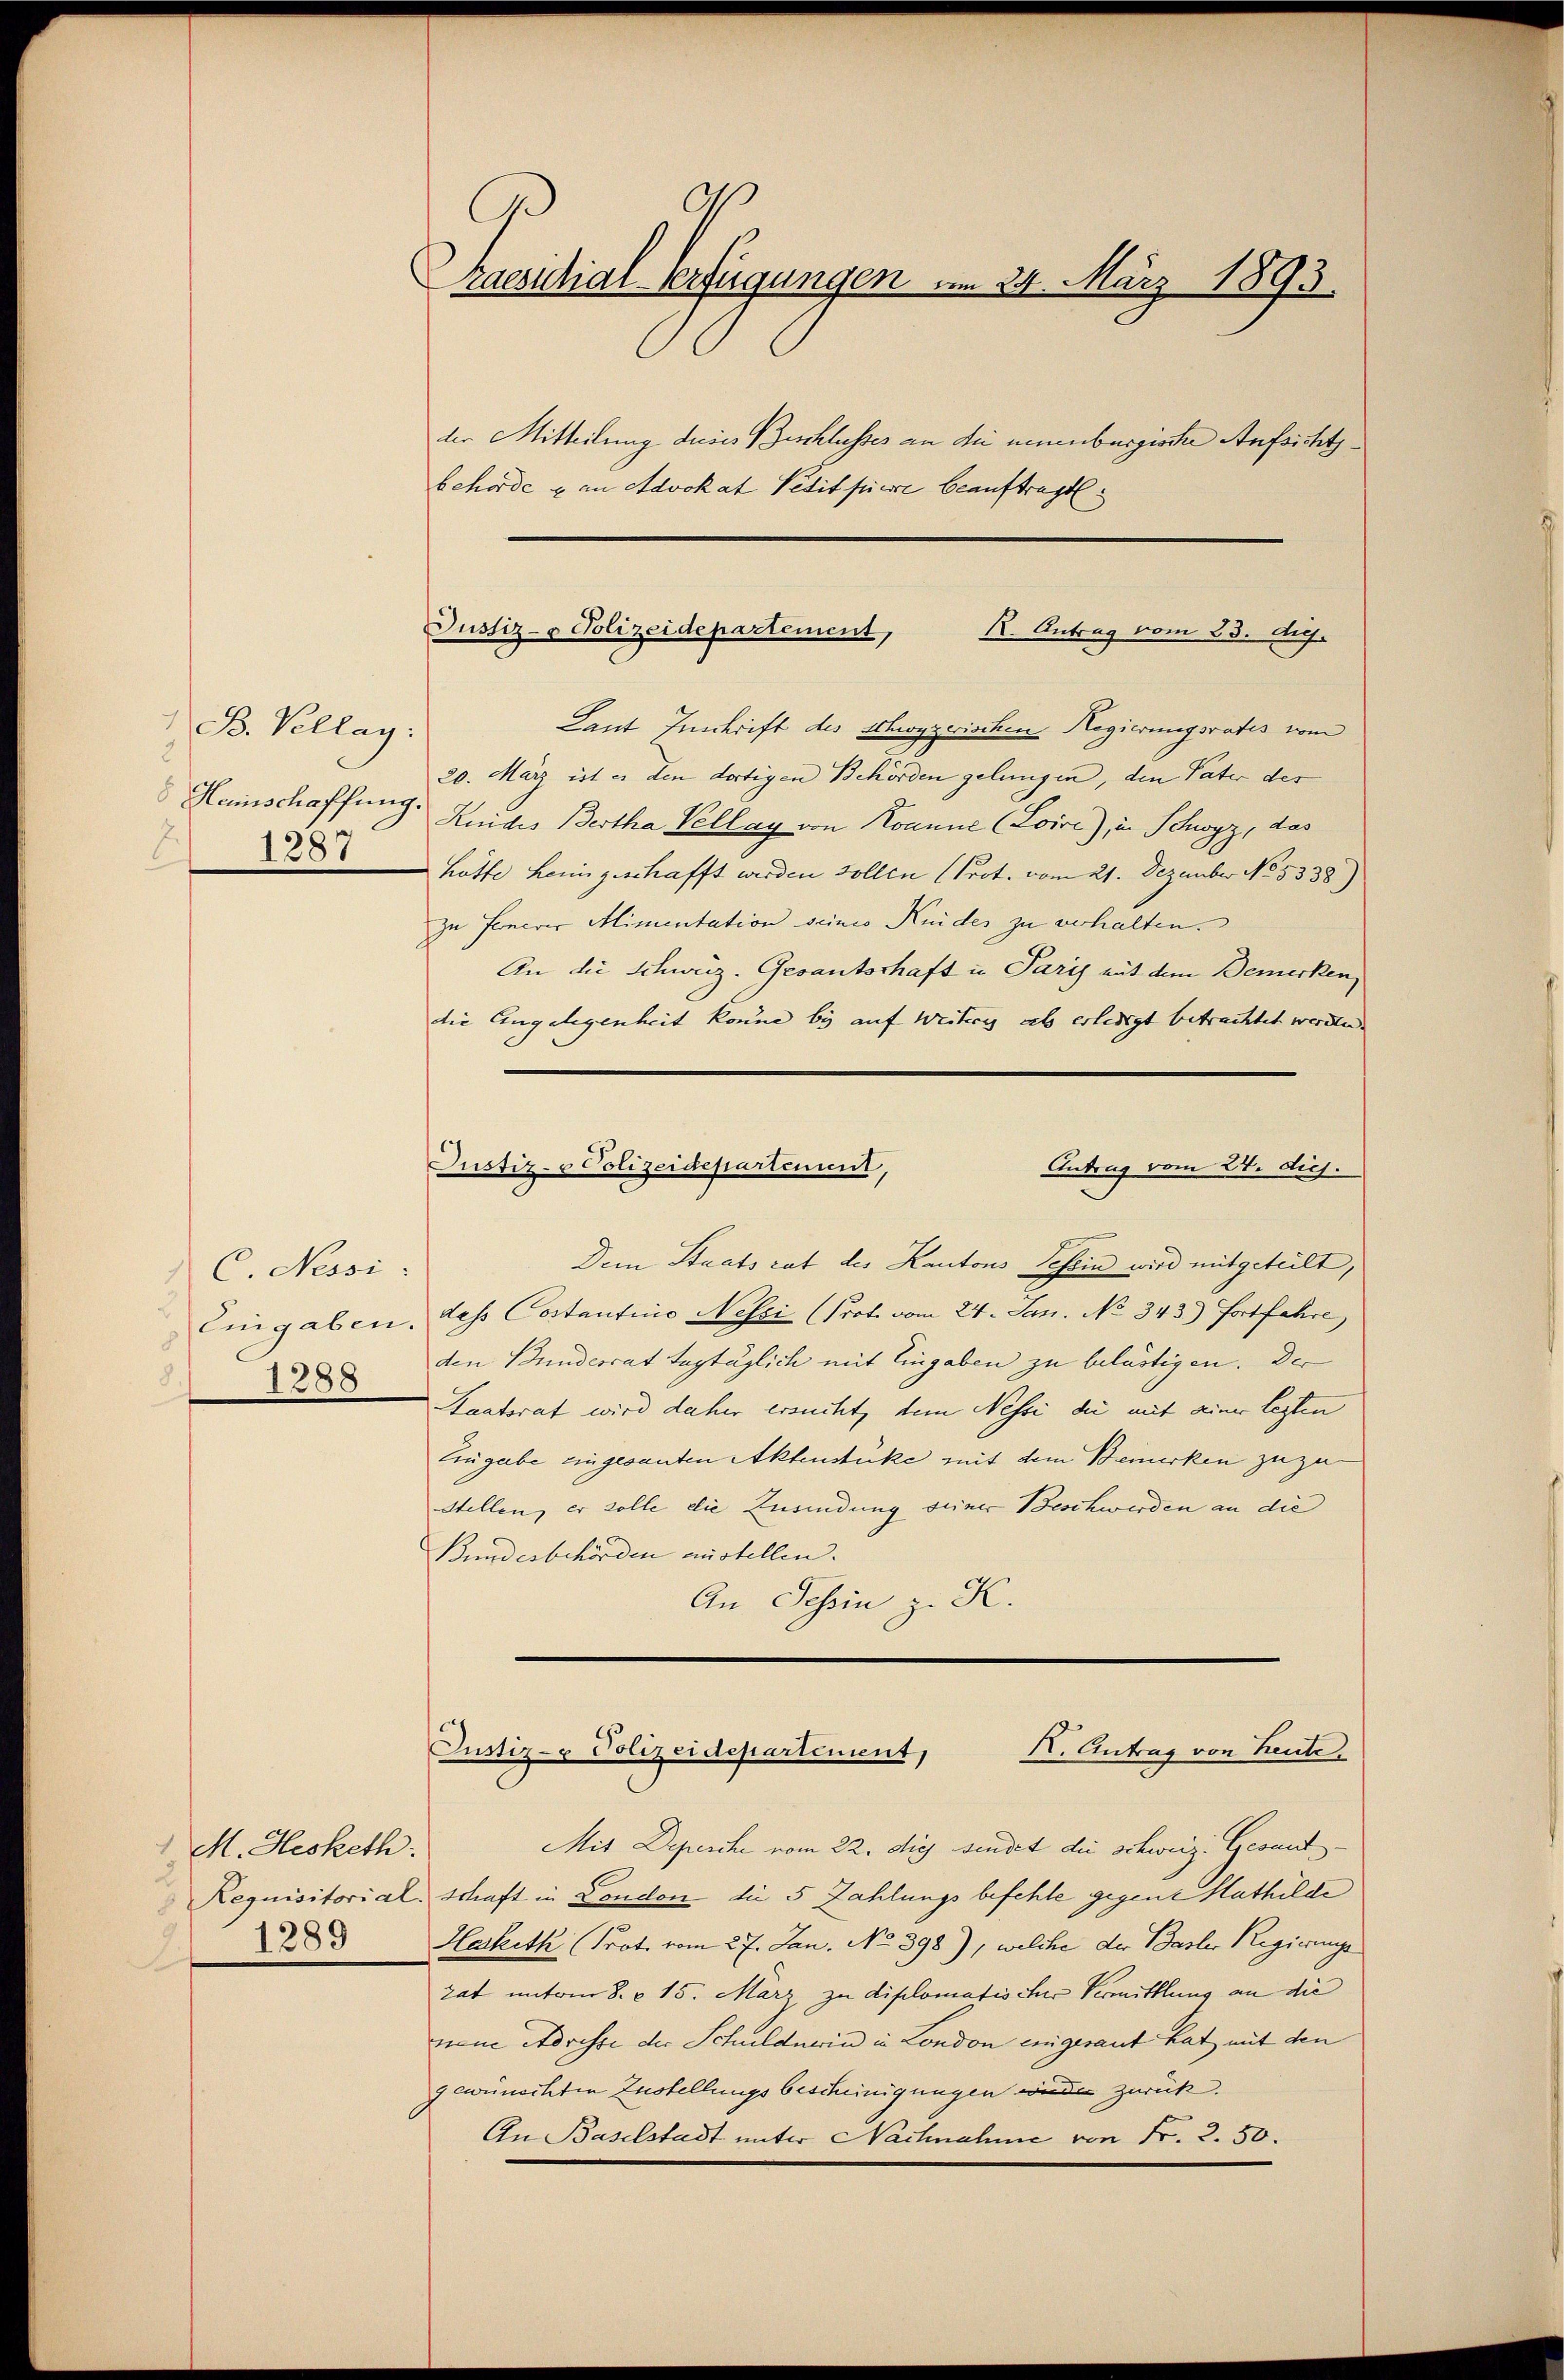
M. Hesketh:
1289

Praesidial-Verfügungen um 24. März 1893.
der Mitteilung dieses Beschlusses an die neuenburgische Aufsichtsbehörde & an Advokat Petit piere beauftragt.

B. Vellag:
8 Heinschaffung.
1287

C. Nessi
Eingaben.
1288
8

Justiz- & Polizeidepartement,
R. Antrag vom 23. Aus

Laut Inschrift des Schwyzerischen Regierungsrates vom
20. März ist es den dortigen Behörden gelungen, den Vater der
Kuides Bertha Vellay von Kanne (Zoiri), in Schwyz, das
hotte heimgeschafft werden sollen (Prot. vom 21. Dezember No. 5338)
zu Fernerer Alimentation seiner Kindes zu verhalten.
An die Schweiz. Gesantschaft in Paris mit dem Bemerken
die Engelegenheit könne bis auf Weiteris ab erledigt betrachtet werden.
Dem Staatsrat des Kantons Tessin wird mitgeteilt,
dass Costantino Neszi (Prot. vom 24. Jan. No 343.) Fortfahre
den Bunderrat tagtäglich mit Eingaben zu belästigen. Der
Staatsrat wird daher ersucht, dem Nessi die mit einer legten
Eingabe eingesanten Aktenstüke mit dem Bemerken zuzu¬
Stellen, er solle die Zusendung seiner Beschwerden an die
Bundesbehörden austellen. |
An Schin z. K.

Antrag vom 24. dich.
Justiz- & Polizeideparteniit,

X. Antrag von heute.
Justiz- & Polizeidepartement,

Mit Deperche vom 22. die sindet die schweiz. Gesant
Requisitorial. Schaft in London die 5 Zahlungs befehle gegene Mathilde
Harketh Prot. vom 27. Jan. No 398), welche der Basler Regierungs
zat unterm 8. u. 15. März zu diplomatischer Vermittlung an die
nem Adresse der Schuldnerin in London eingesaut hat mit den
gewünschten Zustellungsbescheinigungen würden zurück.
An Baselstadt unter Nachnahme von Fr. 2. 50.